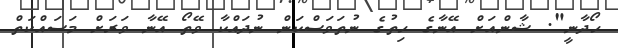
ހޯދާނީ". ޝާންއަށް އޭނާގެ ހިތުގެ ނުތަވަސްކަން ނުދައްކާ ވޭތޯ އޭނާ ވަރަށް މަސައްކަތް